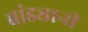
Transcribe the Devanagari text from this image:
बांड्यानी